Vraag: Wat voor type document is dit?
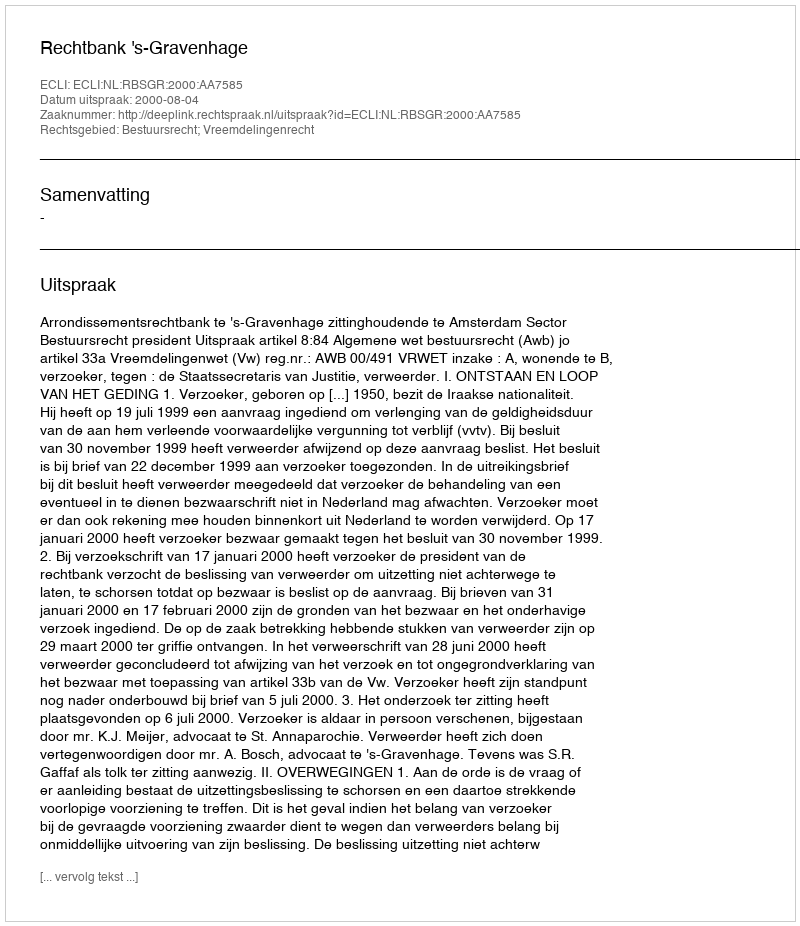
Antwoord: Uitspraak